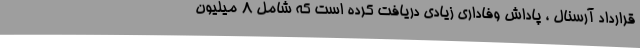
قرارداد آرسنال ، پاداش وفاداری زیادی دریافت کرده است که شامل 8 میلیون